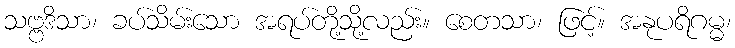
သဗ္ဗဒိသာ၊ ခပ်သိမ်းသော အရပ်တို့သို့လည်း။ စေတသာ၊ ဖြင့်။ အနုပရိဂမ္မ၊